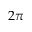
2 \pi